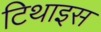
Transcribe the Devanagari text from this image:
टिथाइस